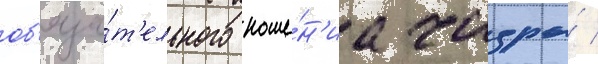
об'яза́т'ельного ноше́н'иа чадры́ /